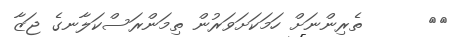
٤٤      ތެރިންނަށް ހަމަކަށަވަރުން ތިމަންރަސްކަލާނގެ ޖަޒާ